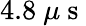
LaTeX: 4.8~\mu\mathrm{~s~}